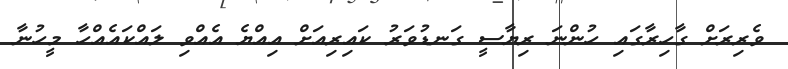
ވެރިރަށް ގާހިރާގައި ހުންނަ ރިޔާސީ ގަނޑުވަރު ކައިރިއަށް އިއްޔެ އެއްވި ލައްކައެއްހާ މީހުނާ